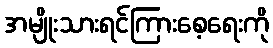
အမျိုးသားရင်ကြားစေ့ရေးကို